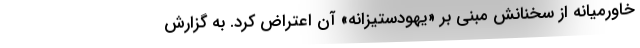
خاورمیانه از سخنانش مبنی بر «یهودستیزانه» آن اعتراض کرد. به گزارش